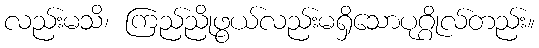
လည်းမသိ၊ ကြည်ညိုဖွယ်လည်းမရှိသောပုဂ္ဂိုလ်တည်း။